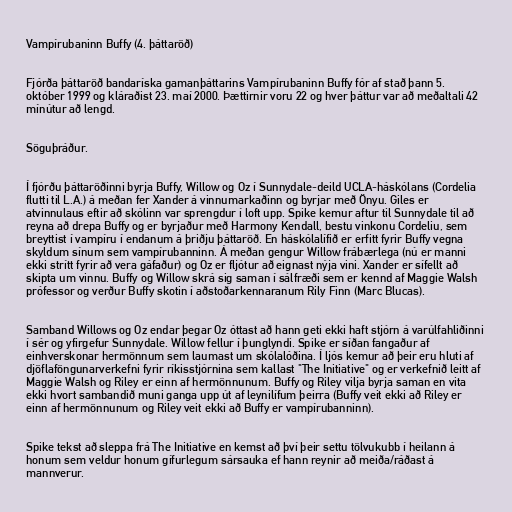
Vampírubaninn Buffy (4. þáttaröð)

Fjórða þáttaröð bandaríska gamanþáttarins Vampírubaninn Buffy fór af stað þann 5.
október 1999 og kláraðist 23. maí 2000. Þættirnir voru 22 og hver þáttur var að meðaltali 42
mínútur að lengd.

Söguþráður.

Í fjórðu þáttaröðinni byrja Buffy, Willow og Oz í Sunnydale-deild UCLA-háskólans (Cordelia
flutti til L.A.) á meðan fer Xander á vinnumarkaðinn og byrjar með Önyu. Giles er
atvinnulaus eftir að skólinn var sprengdur í loft upp. Spike kemur aftur til Sunnydale til að
reyna að drepa Buffy og er byrjaður með Harmony Kendall, bestu vinkonu Cordeliu, sem
breyttist í vampíru í endanum á þriðju þáttaröð. En háskólalífið er erfitt fyrir Buffy vegna
skyldum sínum sem vampírubanninn. Á meðan gengur Willow frábærlega (nú er manni
ekki strítt fyrir að vera gáfaður) og Oz er fljótur að eignast nýja vini. Xander er sífellt að
skipta um vinnu. Buffy og Willow skrá sig saman í sálfræði sem er kennd af Maggie Walsh
prófessor og verður Buffy skotin í aðstoðarkennaranum Rily Finn (Marc Blucas).

Samband Willows og Oz endar þegar Oz óttast að hann geti ekki haft stjórn á varúlfahliðinni
í sér og yfirgefur Sunnydale. Willow fellur í þunglyndi. Spike er síðan fangaður af
einhverskonar hermönnum sem laumast um skólalóðina. Í ljós kemur að þeir eru hluti af
djöflaföngunarverkefni fyrir ríkisstjórnina sem kallast "The Initiative" og er verkefnið leitt af
Maggie Walsh og Riley er einn af hermönnunum. Buffy og Riley vilja byrja saman en vita
ekki hvort sambandið muni ganga upp út af leynilífum þeirra (Buffy veit ekki að Riley er
einn af hermönnunum og Riley veit ekki að Buffy er vampírubanninn).

Spike tekst að sleppa frá The Initiative en kemst að því þeir settu tölvukubb í heilann á
honum sem veldur honum gífurlegum sársauka ef hann reynir að meiða/ráðast á
mannverur.